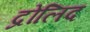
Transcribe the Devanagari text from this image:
द्रोलिद